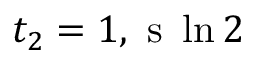
t _ { 2 } = 1 , \mathrm { ~ s ~ } \ln { 2 }